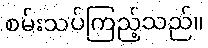
စမ်းသပ်ကြည့်သည်။